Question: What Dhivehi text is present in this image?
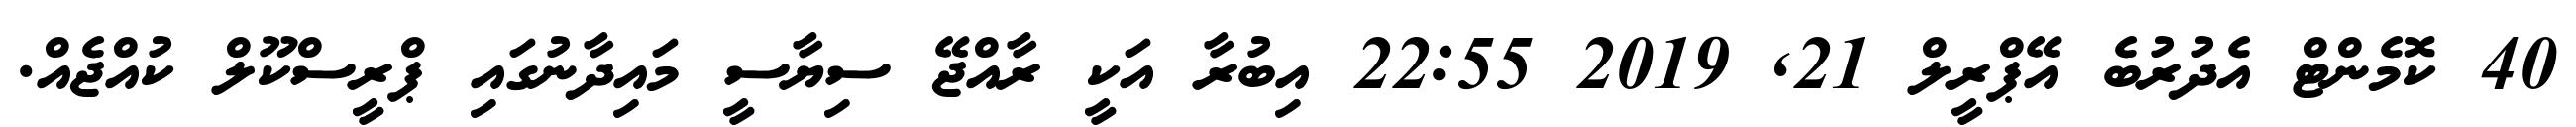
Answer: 40 ކޮމެންޓް އެދުރުބެ އޭޕްރީލް 21, 2019 22:55 އިބުރާ އަކީ ރާއްޖޭ ސިޔާސީ މައިދާނުގައި ޕްރީސްކޫލް ކުއްޖެއް.